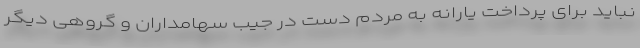
نباید برای پرداخت یارانه به مردم دست در جیب سهامداران و گروهی دیگر